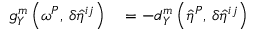
\begin{array} { r l } { g _ { Y } ^ { m } \left( { \boldsymbol { \omega } ^ { P } } , \, { \delta \hat { \eta } ^ { i j } } \right) } & { { } = - d _ { Y } ^ { m } \left( { \hat { \eta } ^ { P } } , \, { \delta \hat { \eta } ^ { i j } } \right) } \end{array}